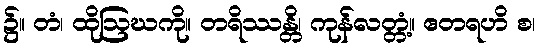
၌။ တံ၊ ထိုဩဃကို။ တရိဿန္တိ၊ ကုန်လတ္တံ့။ ဧတရဟိ စ၊